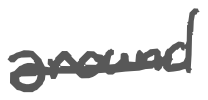
Text: around
Cross-out: single-line
Writing tool: digital_gray